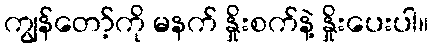
ကျွန်တော့်ကို မနက် နှိုးစက်နဲ့ နှိုးပေးပါ။